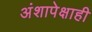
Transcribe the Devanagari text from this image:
अंशापेक्षाही